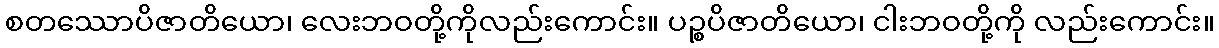
စတဿောပိဇာတိယော၊ လေးဘဝတို့ကိုလည်းကောင်း။ ပဉ္စပိဇာတိယော၊ ငါးဘဝတို့ကို လည်းကောင်း။